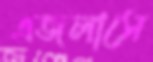
এজলাসে